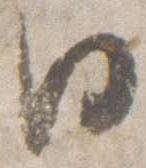
日